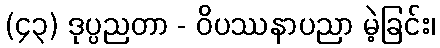
(၄၃) ဒုပ္ပညတာ - ဝိပဿနာပညာ မဲ့ခြင်း၊